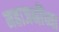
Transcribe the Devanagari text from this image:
महाजनींच्या